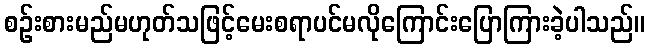
စဉ်းစားမည်မဟုတ်သဖြင့်မေးစရာပင်မလိုကြောင်းပြောကြားခဲ့ပါသည်။